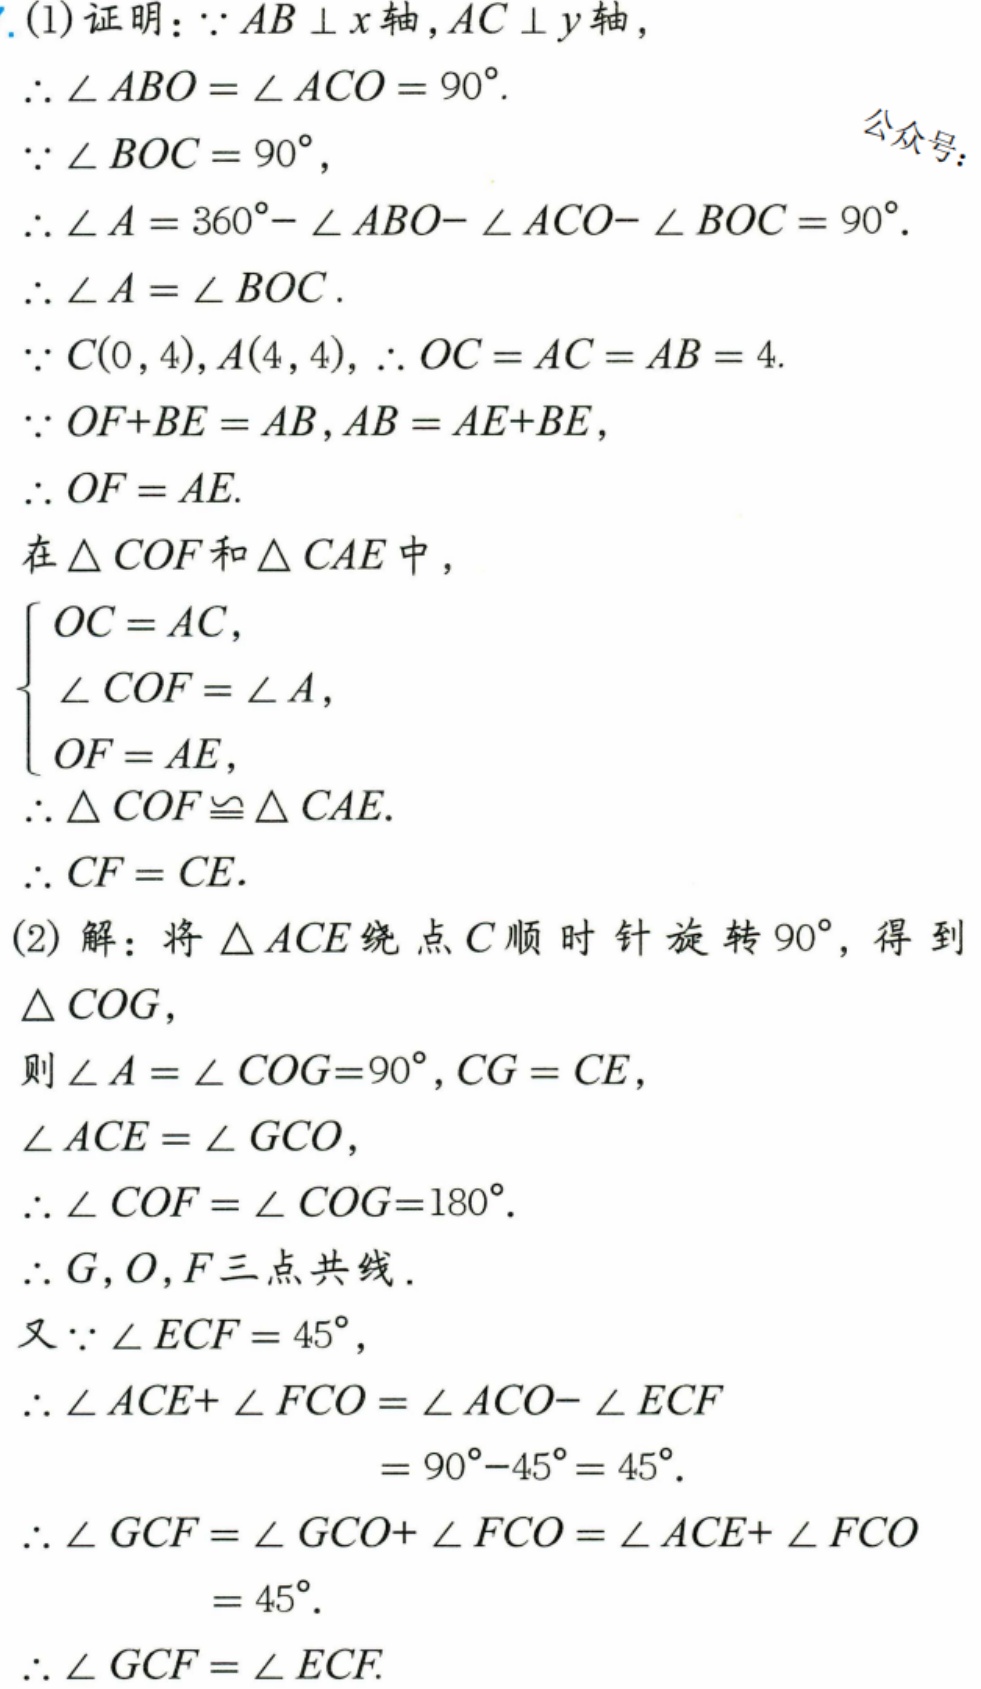
(1) 证明：\(\because AB\perp x\)轴，\(AC\perp y\)轴，
\(\therefore\angle ABO=\angle ACO = 90^{\circ}\).
\(\because\angle BOC = 90^{\circ}\)，
\(\therefore\angle A=360^{\circ}-\angle ABO - \angle ACO-\angle BOC = 90^{\circ}\).
\(\therefore\angle A=\angle BOC\).
\(\because C(0,4)\)，\(A(4,4)\)，\(\therefore OC = AC = AB = 4\).
\(\because OF + BE = AB\)，\(AB = AE + BE\)，
\(\therefore OF = AE\).
在\(\triangle COF\)和\(\triangle CAE\)中，
\(\begin{cases}OC = AC,\\\angle COF=\angle A,\\OF = AE,\end{cases}\)
\(\therefore\triangle COF\cong\triangle CAE\).
\(\therefore CF = CE\).
(2) 解：将\(\triangle ACE\)绕点\(C\)顺时针旋转\(90^{\circ}\)，得到\(\triangle COG\)，
则\(\angle A=\angle COG = 90^{\circ}\)，\(CG = CE\)，
\(\angle ACE=\angle GCO\)，
\(\therefore\angle COF+\angle COG = 180^{\circ}\).
\(\therefore G\)，\(O\)，\(F\)三点共线．
又\(\because\angle ECF = 45^{\circ}\)，
\(\therefore\angle ACE+\angle FCO=\angle ACO-\angle ECF\)
\(=90^{\circ}-45^{\circ}=45^{\circ}\).
\(\therefore\angle GCF=\angle GCO+\angle FCO=\angle ACE+\angle FCO\)
\(=45^{\circ}\).
\(\therefore\angle GCF=\angle ECF\).